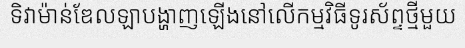
ទិវាម៉ាន់ឌែលឡាបង្ហាញឡើងនៅលើកម្មវិធីទូរស័ព្ទថ្មីមួយ